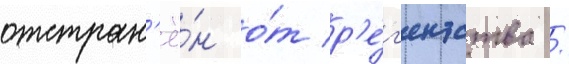
отстран'ё́н о́т р'е́г'ентства /